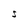
Character: S